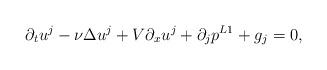
LaTeX: \begin{align*}\partial_t {u}^j-\nu\Delta {u}^j+V\partial_x u^j+\partial_j p^{L1}+g_j=0,\end{align*}